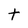
Character: t